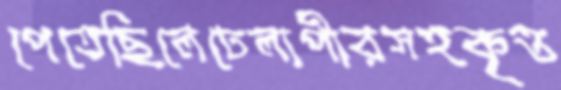
পেতেছিলেঢেলাপীরসহকৃত্ত